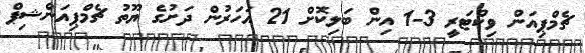
ޗެމްޕިއަން ވިކްޓަރީ 3-1 އިން ބަލިކޮށް 21 އަހަރުން ދަށުގެ ޔޫތު ޗެމްޕިއަންޝިޕް